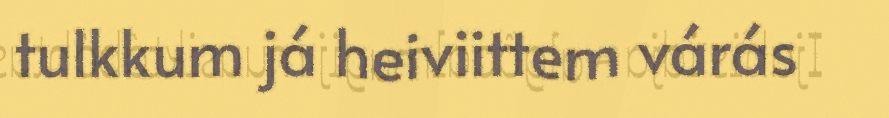
tulkkum já heiviittem várás